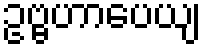
ဥဗ္ဗဟာပေယျ